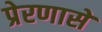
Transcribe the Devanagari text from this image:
प्रेरणासे